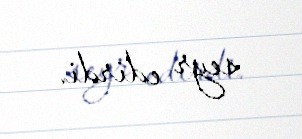
seyr edirdi.